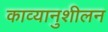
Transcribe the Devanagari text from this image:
काव्यानुशीलन